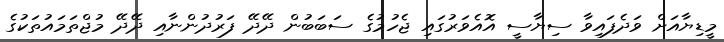
މީޑިޔާއަށް ވަދެފައިވާ ސިޔާސީ އޮއެވަރުގައި ޖެހުމުގެ ސަބަބުން ދޭދޭ ފަރުދުންނާއި ދޭދޭ މުޖްތަމައުތަކުގެ